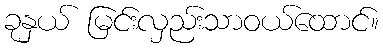
ခုနှယ် မြင်းလှည်းသာဝယ်ထောင်။